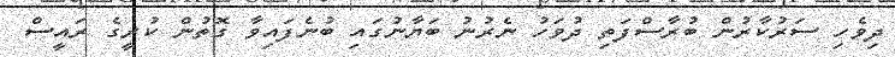
ދިވެހި ސަރުކާރުން ބުރާސްފަތި ދުވަހު ނެރުނު ބަޔާނުގައި ބުނެފައިވާ ގޮތުން ކުރީގެ ރައީސް